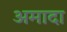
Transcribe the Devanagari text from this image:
अमादा